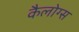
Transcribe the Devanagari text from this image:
कैलोग्स